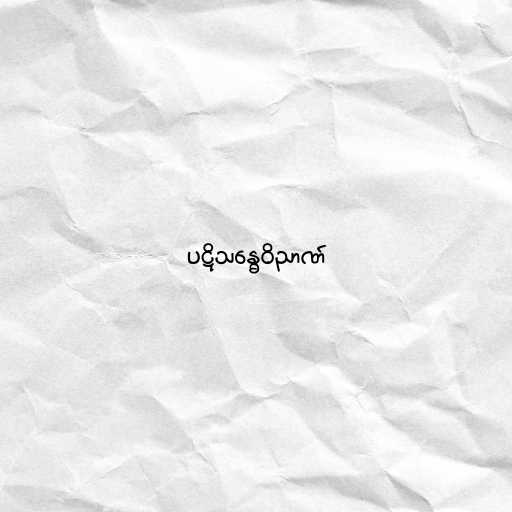
ပဋိသန္ဓေဝိညာဏ်